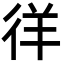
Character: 徉